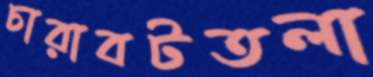
চারাবটতলা